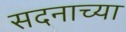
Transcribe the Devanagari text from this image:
सदनाच्या